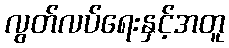
လွတ်လပ်ရေးနှင့်အတူ